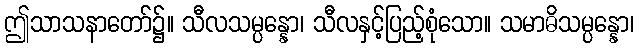
ဤသာသနာတော်၌။ သီလသမ္ပန္နော၊ သီလနှင့်ပြည့်စုံသော။ သမာဓိသမ္ပန္နော၊